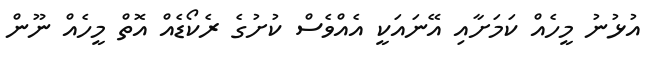
އުޅުނު މީހެއް ކަމަށާއި އޭނައަކީ އެއްވެސް ކުށުގެ ރެކޯޑެއް އޮތް މީހެއް ނޫން